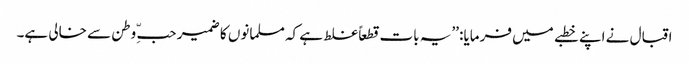
اقبال نے اپنے خطبے میں فرمایا: ’’یہ بات قطعاً غلط ہے کہ مسلمانوں کا ضمیر حبّ ِ وطن سے خالی ہے۔